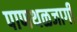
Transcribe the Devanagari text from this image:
पाणथळजागी